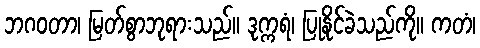
ဘဂဝတာ၊ မြတ်စွာဘုရားသည်။ ဒုက္ကရံ၊ ပြုနိုင်ခဲသည်ကို။ ကတံ၊